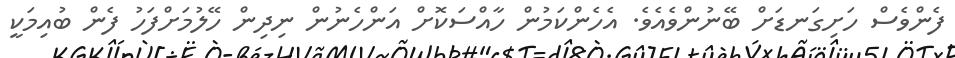
ފެންވެސް ހަށިގަނޑަށް ބޭނުންވެއެވެ. އެހެންކަމުން ހާއްސަކޮށް އަންހެނުން ނިދިން ހޭލުމަށްފަހު ފެން ބުއިމަކީ